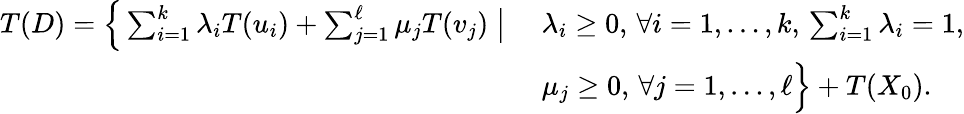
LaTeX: \begin{array}{r}{\begin{array}{ll}{T(D)=\Big\{ \sum_{i=1}^{k}\lambda_{i}T(u_{i})+\sum_{j=1}^{\ell}\mu_{j}T(v_{j})\; \big|\; }&{\lambda_{i}\geq 0,\, \forall i=1,\ldots,k,\, \sum_{i=1}^{k}\lambda_{i}=1,}\\ &{\mu_{j}\geq 0,\, \forall j=1,\ldots,\ell\Big\} +T(X_{0}).}\end{array}}\end{array}